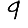
Digit: 9